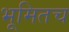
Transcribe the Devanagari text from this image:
भूमितच